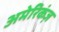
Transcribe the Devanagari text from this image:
अमेरिकंज़